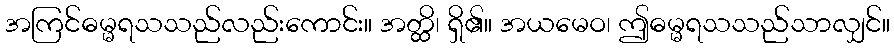
အကြင်ဓမ္မရသသည်လည်းကောင်း။ အတ္ထိ၊ ရှိ၏။ အယမေဝ၊ ဤဓမ္မရသသည်သာလျှင်။